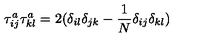
\tau _ { i j } ^ { a } \tau _ { k l } ^ { a } = 2 ( \delta _ { i l } \delta _ { j k } - \frac { 1 } { N } \delta _ { i j } \delta _ { k l } )